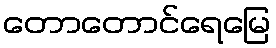
တောတောင်ရေမြေ